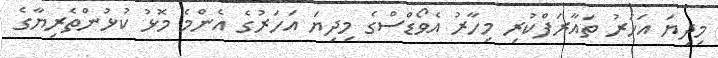
މިދިޔަ އަހަރު ތައާރަފްކުރި މިހާރު އެވޯޑްސްގެ މިދިޔަ އަހަރުގެ އެންމެ މޮޅު ކުޅުންތެރިޔާގެ